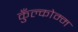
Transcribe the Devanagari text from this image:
कुँल्कोम्म